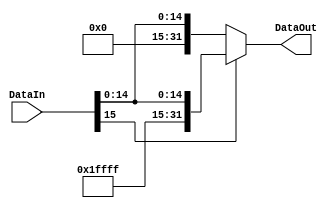
module BitExtender (DataIn, DataOut); //Extensor de bits de 16 para 32

	input [15:0] DataIn;
	output reg [31:0] DataOut;


	always @ (*)
		begin
			if(DataIn[15])
				DataOut = {{16{1'b1}}, DataIn};
			else
				DataOut = {{16{1'b0}}, DataIn};
		end


endmodule